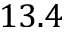
1 3 . 4